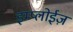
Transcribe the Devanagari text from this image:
इम्प्लोईज़